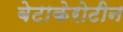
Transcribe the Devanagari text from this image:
बेटाकेरोटीन